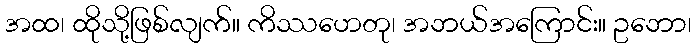
အထ၊ ထိုသို့ဖြစ်လျက်။ ကိဿဟေတု၊ အဘယ်အကြောင်း။ ဥဘော၊